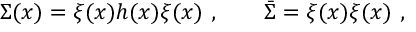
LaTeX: \Sigma ( x ) = \xi ( x ) h ( x ) \xi ( x ) \ , \qquad { \bar { \Sigma } } = \xi ( x ) \xi ( x ) \ ,